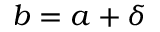
b = a + \delta